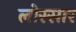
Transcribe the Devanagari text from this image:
लोस्सार